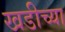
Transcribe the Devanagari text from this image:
खडीच्या